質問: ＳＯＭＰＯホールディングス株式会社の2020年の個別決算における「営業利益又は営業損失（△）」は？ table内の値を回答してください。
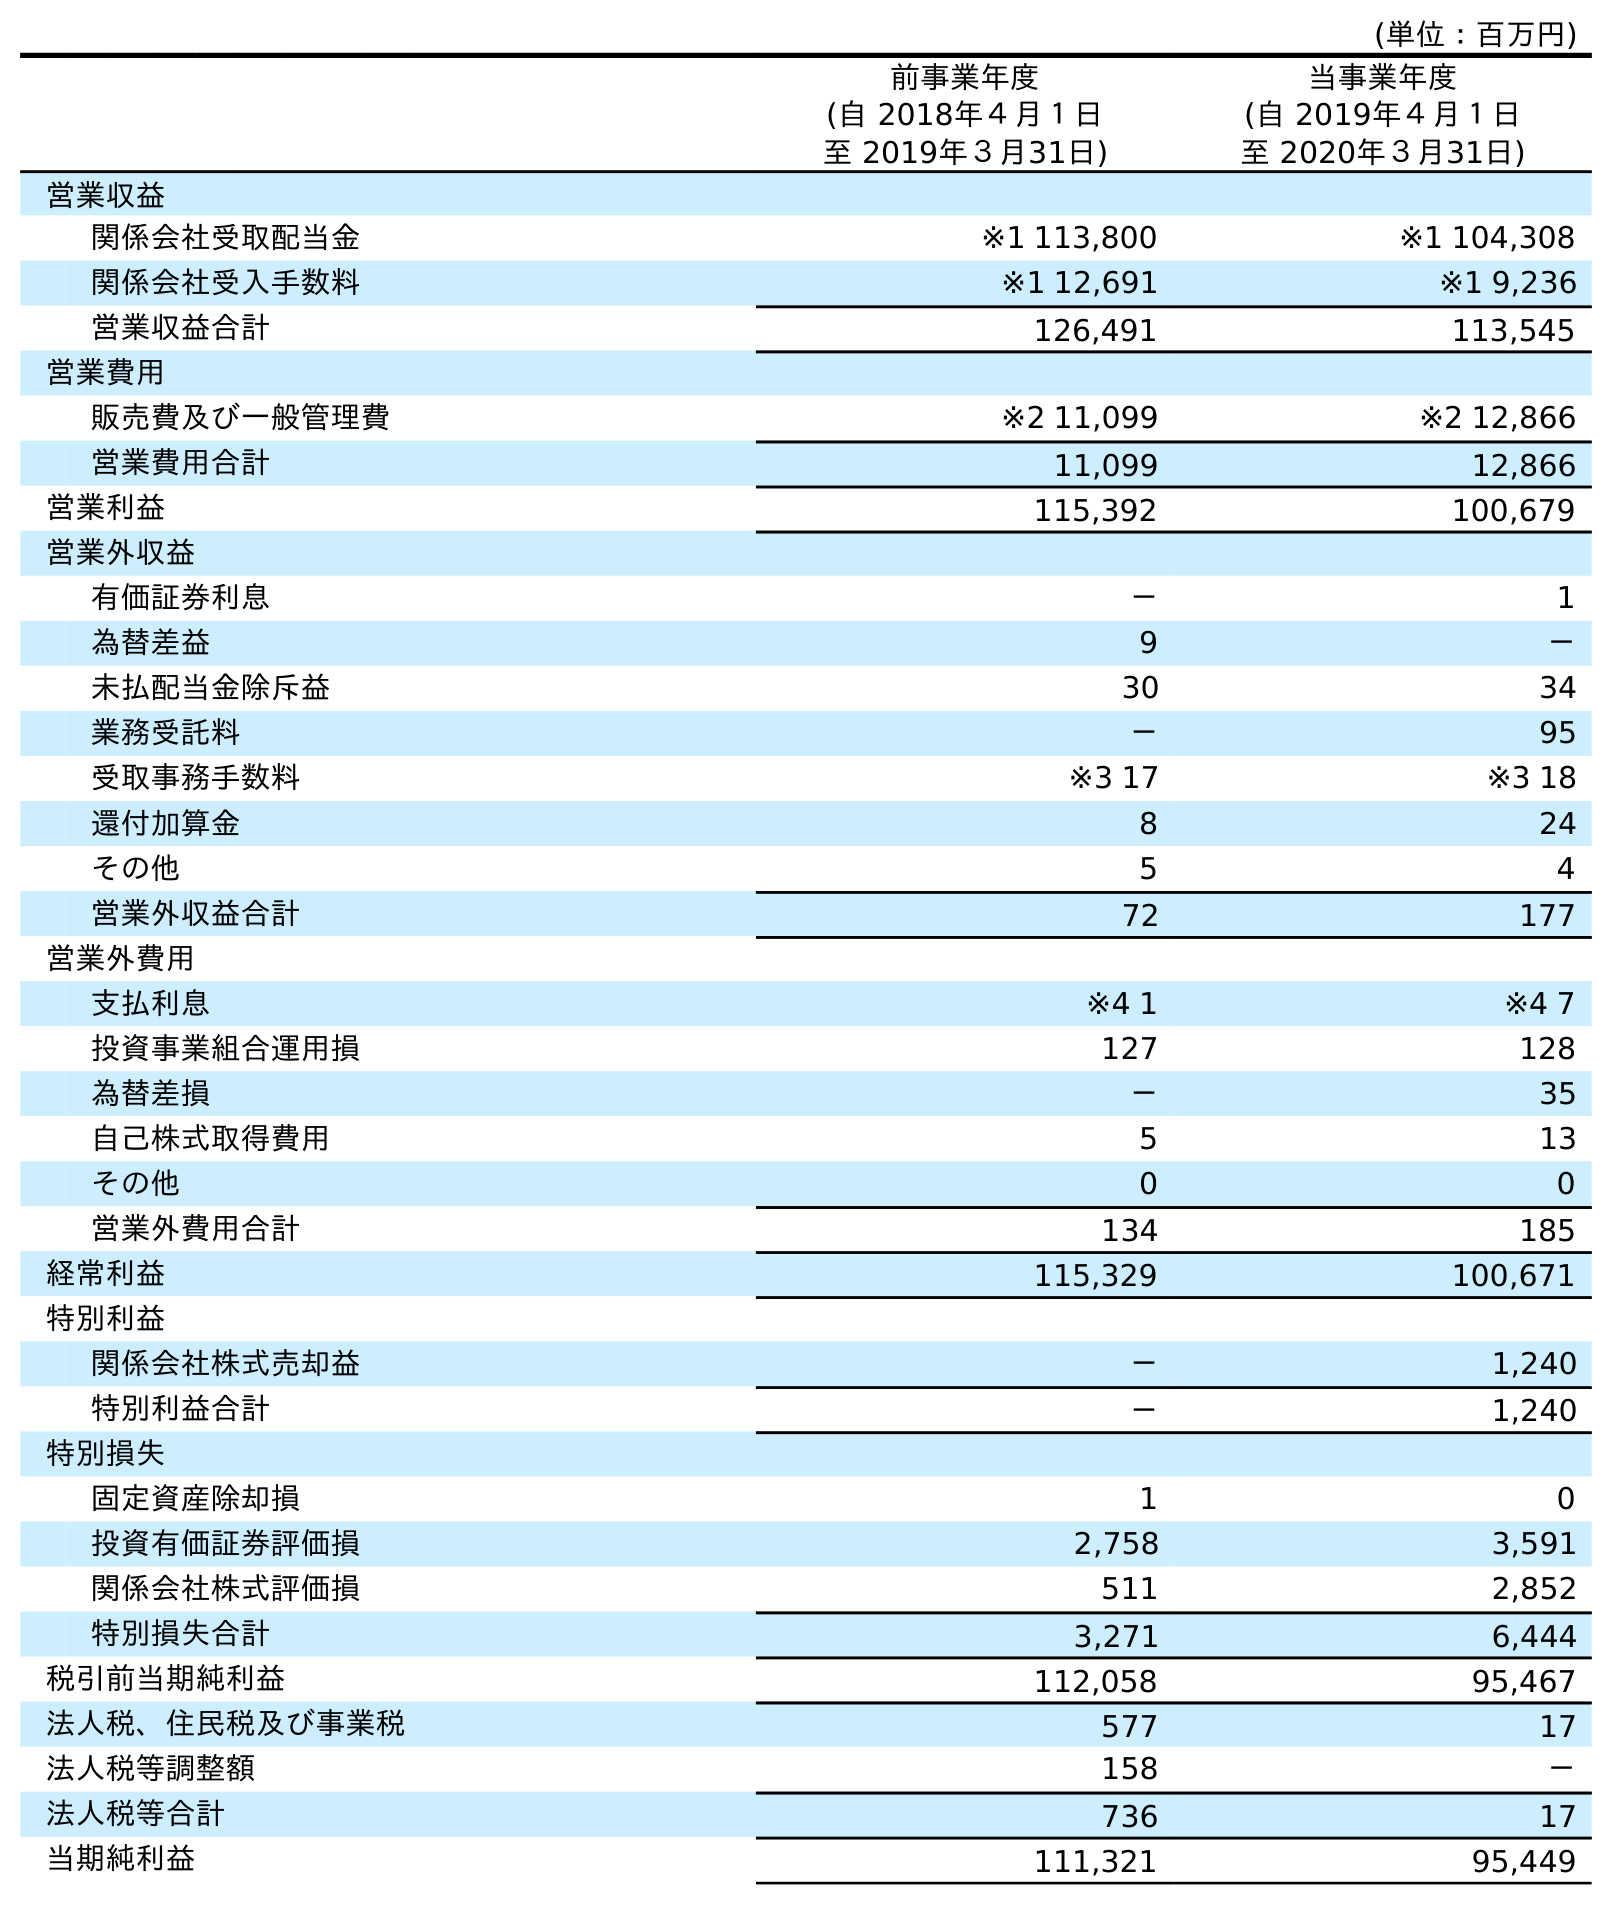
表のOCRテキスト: (単位：百万円) 前事業年度 (自 2018年４月１日 至 2019年３月31日) 当事業年度 (自 2019年４月１日 至 2020年３月31日) 営業収益 関係会社受取配当金 ※1 113,800 ※1 104,308 関係会社受入手数料 ※1 12,691 ※1 9,236 営業収益合計 126,491 113,545 営業費用 販売費及び一般管理費 ※2 11,099 ※2 12,866 営業費用合計 11,099 12,866 営業利益 115,392 100,679 営業外収益 有価証券利息 － 1 為替差益 9 － 未払配当金除斥益 30 34 業務受託料 － 95 受取事務手数料 ※3 17 ※3 18 還付加算金 8 24 その他 5 4 営業外収益合計 72 177 営業外費用 支払利息 ※4 1 ※4 7 投資事業組合運用損 127 128 為替差損 － 35 自己株式取得費用 5 13 その他 0 0 営業外費用合計 134 185 経常利益 115,329 100,671 特別利益 関係会社株式売却益 － 1,240 特別利益合計 － 1,240 特別損失 固定資産除却損 1 0 投資有価証券評価損 2,758 3,591 関係会社株式評価損 511 2,852 特別損失合計 3,271 6,444 税引前当期純利益 112,058 95,467 法人税、住民税及び事業税 577 17 法人税等調整額 158 － 法人税等合計 736 17 当期純利益 111,321 95,449
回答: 100,679